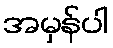
အမှန်ပါ